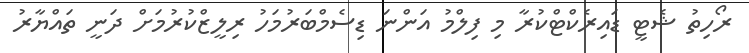
ރޯހިތު ޝެޓީ ޑައިރެކްޓްކުރާ މި ފިލްމު އަންނަ ޑިސެމްބަރުމަހު ރިލީޒްކުރުމަށް ދަނީ ތައްޔާރު